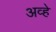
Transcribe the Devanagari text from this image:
अव्हे